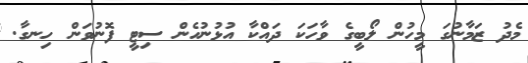
މެދު ޒަމާނުގަ މީހުން ލޯބީގެ ވާހަކަ ދައްކާ އުޅުނުހެން ސިޓީ ފޮނުވަން ހިނގާ.